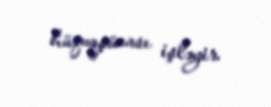
hüquqşünası işləyir.